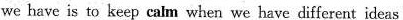
we have is to keep calm when we have different ideas